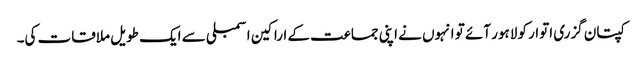
کپتان گزری اتوار کو لاہور آئے تو انہوں نے اپنی جماعت کے اراکین اسمبلی سے ایک طویل ملاقات کی۔